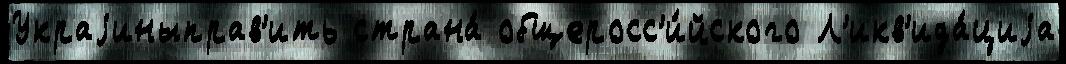
Украjиныправ'ить страна́ общеросс'и́йского Л'икв'ида́циjа